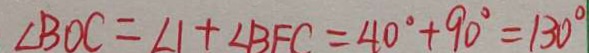
\angle B O C = \angle 1 + \angle B F C = 4 0 ^ { \circ } + 9 0 ^ { \circ } = 1 3 0 ^ { \circ }